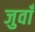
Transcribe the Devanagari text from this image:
जुवाँ